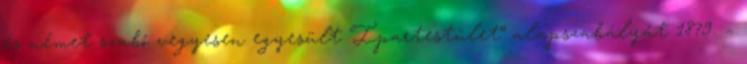
és német szabó vegyesen egyesült Ipartestület” alapszabályát 1879. –